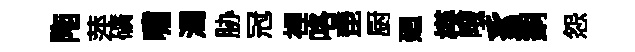
陁萍礦嘯濁胁冠裡咯琵厨廻楧哦豸銅怨